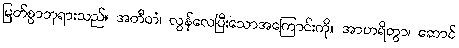
မြတ်စွာဘုရားသည်။ အတီတံ၊ လွန်လေပြီးသောအကြောင်းကို။ အာဟရိတွာ၊ ဆောင်